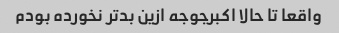
واقعا تا حالا اکبرجوجه ازین بدتر نخورده بودم